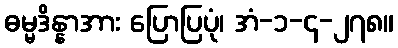
ဓမ္မဒိန္နာအား ပြောပြပုံ၊ အံ-၁-၄-၂၇၈။